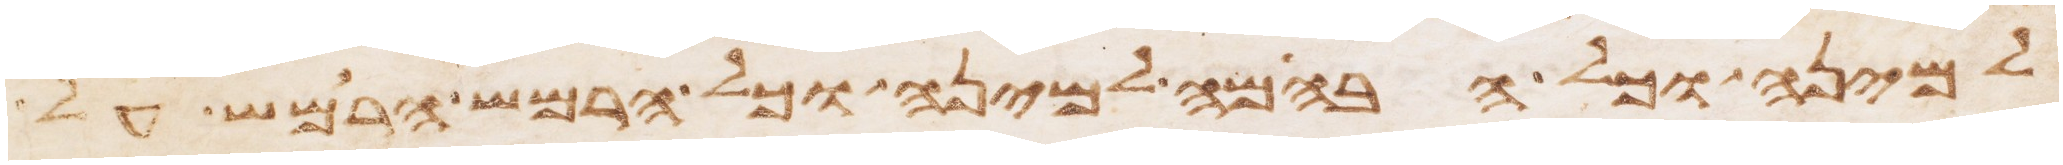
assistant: למינה וכל הבהמה למינה וכל הרמש הרמש על